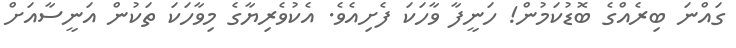
ގައްނަ ބިރެއްގެ ބޮޑުކަމުން! ހަނީފާ ވާހަކަ ފެށިއެވެ. އެކުވެރިޔާގެ މިވާހަކަ ތަކުން އަނީސާއަށް